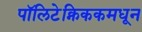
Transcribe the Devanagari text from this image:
पॉलिटेक्निककमधून